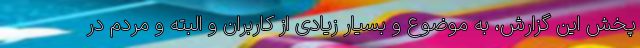
پخش این گزارش، به موضوع و بسیار زیادی از کاربران و البته و مردم در